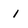
Character: i